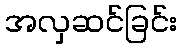
အလှဆင်ခြင်း